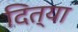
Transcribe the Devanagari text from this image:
दित्या